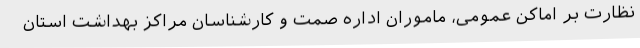
نظارت بر اماکن عمومی، ماموران اداره صمت و کارشناسان مراکز بهداشت استان